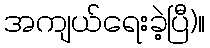
အကျယ်ရေးခဲ့ပြီ)။